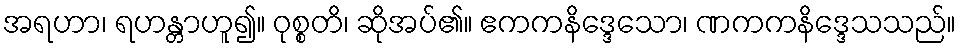
အရဟာ၊ ရဟန္တာဟူ၍။ ဝုစ္စတိ၊ ဆိုအပ်၏။ ဧကကနိဒ္ဒေသော၊ ဏကကနိဒ္ဒေသသည်။